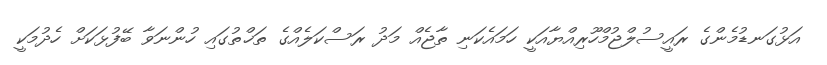
އަޅުގަނޑުމެންގެ ރައީސުލްޖުމްހޫރިއްޔާއަކީ ހަމައެކަނި ތާޖެއް މަދު ރަސްކަލެއްގެ ތަޚްތުގައި ހުންނަވާ ބޭފުޅަކަށް ހެދުމަކީ